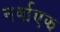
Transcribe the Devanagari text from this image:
नर्वाएझ